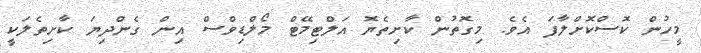
މީހުން ކޮސްކޮށްލާފަ އެވެ. މިގޮތުން ކާށިތެޔޮ އަލްޓިމޭޓް މޯލްޑިވްސް އިން ގެންދިޔަ ކާށިތެލަކީ